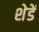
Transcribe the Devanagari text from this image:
शेडें